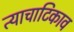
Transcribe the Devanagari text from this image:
त्याचाटिकाव